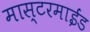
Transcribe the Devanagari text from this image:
मास्टरमाईंड